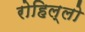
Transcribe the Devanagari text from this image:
रोहिल्लो